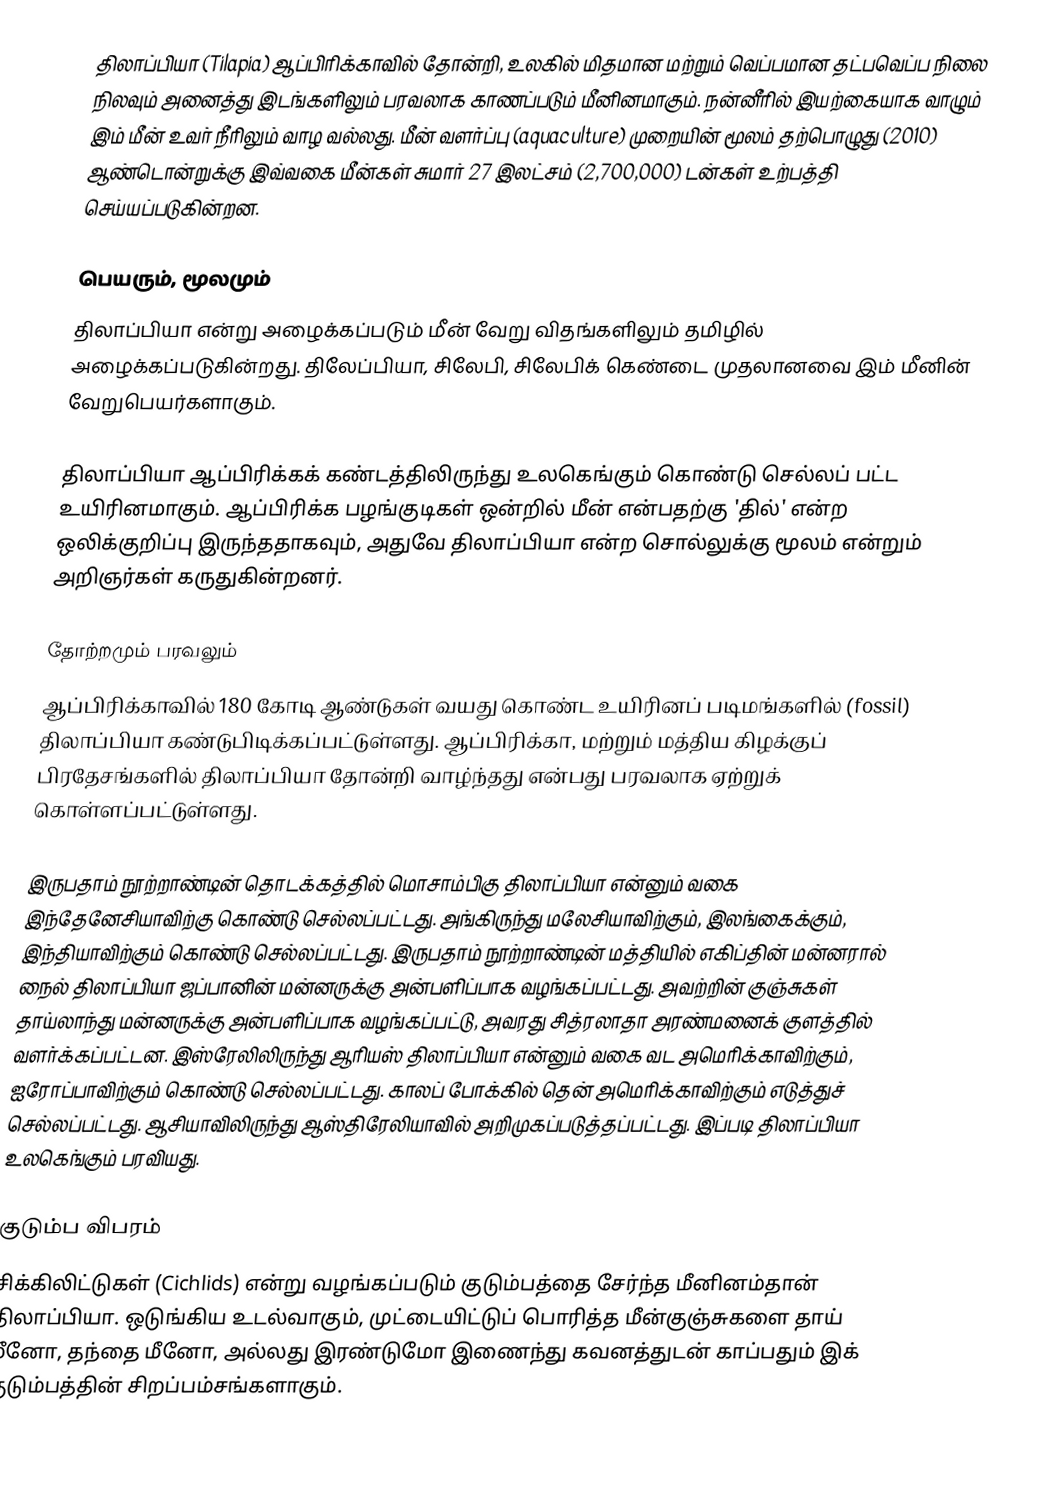
திலாப்பியா (Tilapia) ஆப்பிரிக்காவில் தோன்றி, உலகில் மிதமான மற்றும் வெப்பமான தட்பவெப்ப நிலை நிலவும் அனைத்து இடங்களிலும் பரவலாக காணப்படும் மீனினமாகும். நன்னீரில் இயற்கையாக வாழும் இம் மீன் உவர் நீரிலும் வாழ வல்லது. மீன் வளர்ப்பு (aquaculture) முறையின் மூலம் தற்பொழுது (2010) ஆண்டொன்றுக்கு இவ்வகை மீன்கள் சுமார் 27 இலட்சம் (2,700,000) டன்கள் உற்பத்தி செய்யப்படுகின்றன.

பெயரும், மூலமும்
திலாப்பியா என்று அழைக்கப்படும் மீன் வேறு விதங்களிலும் தமிழில் அழைக்கப்படுகின்றது. திலேப்பியா, சிலேபி, சிலேபிக் கெண்டை முதலானவை இம் மீனின் வேறுபெயர்களாகும்.

திலாப்பியா ஆப்பிரிக்கக் கண்டத்திலிருந்து உலகெங்கும் கொண்டு செல்லப் பட்ட உயிரினமாகும். ஆப்பிரிக்க பழங்குடிகள் ஒன்றில் மீன் என்பதற்கு 'தில்' என்ற ஒலிக்குறிப்பு இருந்ததாகவும், அதுவே திலாப்பியா என்ற சொல்லுக்கு மூலம் என்றும் அறிஞர்கள் கருதுகின்றனர்.

தோற்றமும் பரவலும்
ஆப்பிரிக்காவில் 180 கோடி ஆண்டுகள் வயது கொண்ட உயிரினப் படிமங்களில் (fossil) திலாப்பியா கண்டுபிடிக்கப்பட்டுள்ளது. ஆப்பிரிக்கா, மற்றும் மத்திய கிழக்குப் பிரதேசங்களில் திலாப்பியா தோன்றி வாழ்ந்தது என்பது பரவலாக ஏற்றுக் கொள்ளப்பட்டுள்ளது.

இருபதாம் நூற்றாண்டின் தொடக்கத்தில் மொசாம்பிகு திலாப்பியா என்னும் வகை இந்தேனேசியாவிற்கு கொண்டு செல்லப்பட்டது. அங்கிருந்து மலேசியாவிற்கும், இலங்கைக்கும், இந்தியாவிற்கும் கொண்டு செல்லப்பட்டது. இருபதாம் நூற்றாண்டின் மத்தியில் எகிப்தின் மன்னரால் நைல் திலாப்பியா ஜப்பானின் மன்னருக்கு அன்பளிப்பாக வழங்கப்பட்டது. அவற்றின் குஞ்சுகள் தாய்லாந்து மன்னருக்கு அன்பளிப்பாக வழங்கப்பட்டு, அவரது சித்ரலாதா அரண்மனைக் குளத்தில் வளர்க்கப்பட்டன. இஸ்ரேலிலிருந்து ஆரியஸ் திலாப்பியா என்னும் வகை வட அமெரிக்காவிற்கும், ஐரோப்பாவிற்கும் கொண்டு செல்லப்பட்டது. காலப் போக்கில் தென் அமெரிக்காவிற்கும் எடுத்துச் செல்லப்பட்டது. ஆசியாவிலிருந்து ஆஸ்திரேலியாவில் அறிமுகப்படுத்தப்பட்டது. இப்படி திலாப்பியா உலகெங்கும் பரவியது.

குடும்ப விபரம்
சிக்கிலிட்டுகள் (Cichlids) என்று வழங்கப்படும் குடும்பத்தை சேர்ந்த மீனினம்தான் திலாப்பியா. ஒடுங்கிய உடல்வாகும், முட்டையிட்டுப் பொரித்த மீன்குஞ்சுகளை தாய் மீனோ, தந்தை மீனோ, அல்லது இரண்டுமோ இணைந்து கவனத்துடன் காப்பதும் இக் குடும்பத்தின் சிறப்பம்சங்களாகும்.